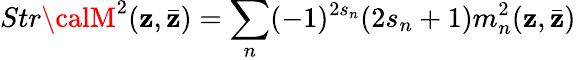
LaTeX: Str{\calM}^{2}(\mathbf{z},\bar{{\mathbf{z}}})=\sum_{n}(-1)^{2s_{n}}(2s_{n}+1)m_{n}^{2}(\mathbf{z},\bar{{\mathbf{z}}})